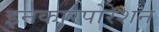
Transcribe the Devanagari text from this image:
इनकारपोरेशन